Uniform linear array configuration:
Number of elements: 48
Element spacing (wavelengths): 1
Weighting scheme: cosine
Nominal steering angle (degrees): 15
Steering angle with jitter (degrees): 15.972
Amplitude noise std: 0.05
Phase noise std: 0.05

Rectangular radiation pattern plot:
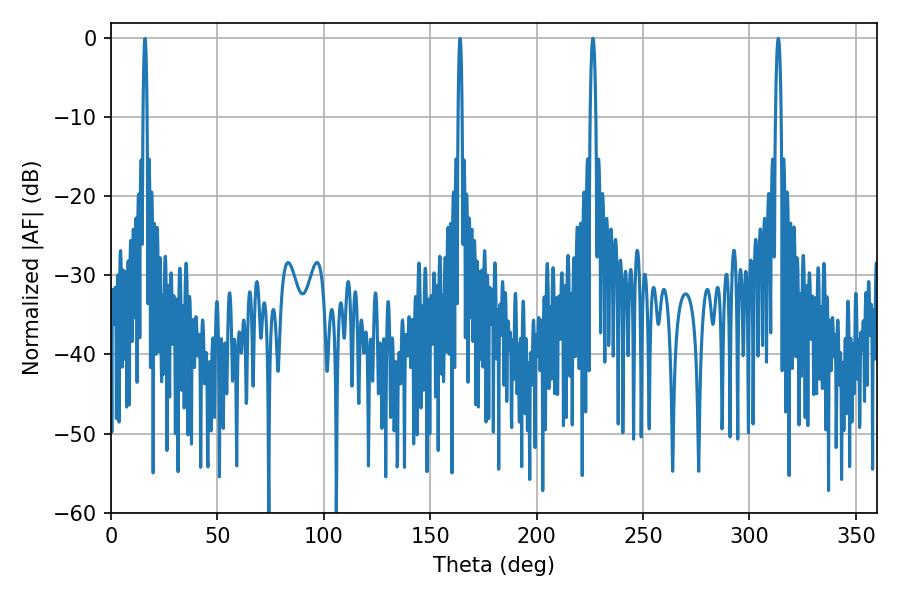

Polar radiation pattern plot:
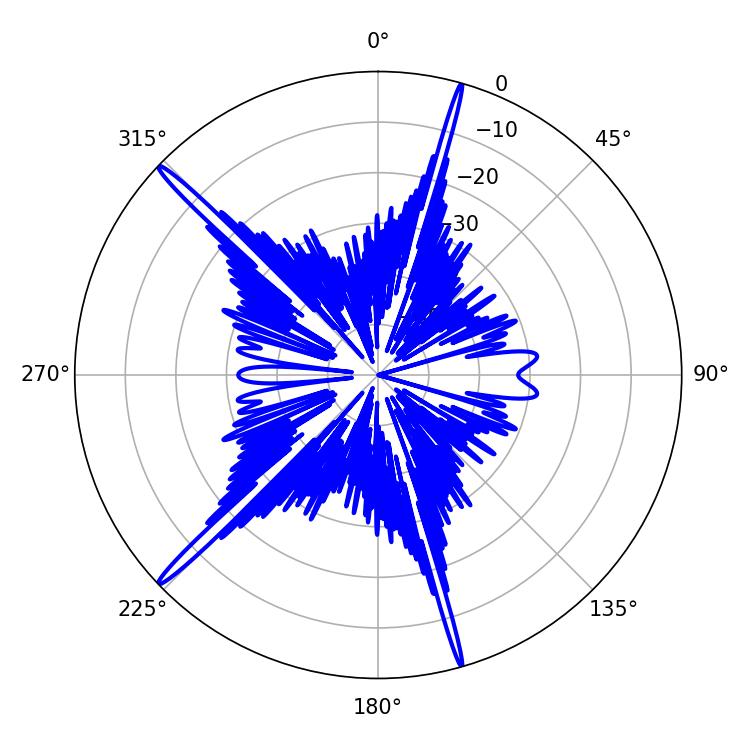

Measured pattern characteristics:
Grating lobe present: TRUE
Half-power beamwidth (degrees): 1.44
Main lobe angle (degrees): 226.44